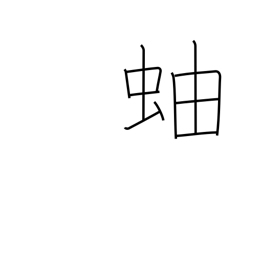
Meaning: millipede